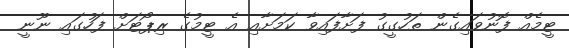
ޓީމެއް ފޮނުވައިގެން ތަހުގީގު ފަށާފައިވާ ކަމަށާއި އެ ޓީމުގެ ރިޕޯޓަށް ފަހުގައި ނޫނީ